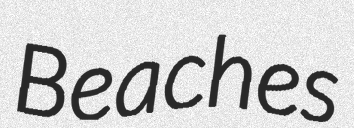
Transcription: Beaches